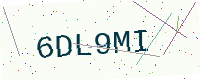
Text: 6DL9MI